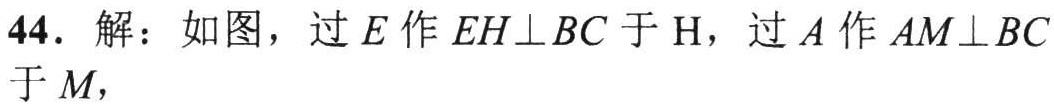
44. 解：如图，过\(E\)作\(EH\perp BC\)于\(H\)，过\(A\)作\(AM\perp BC\)于\(M\)，